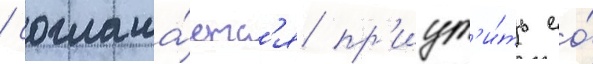
/ соглаша́етс'я пр'иут'и́ть ео́